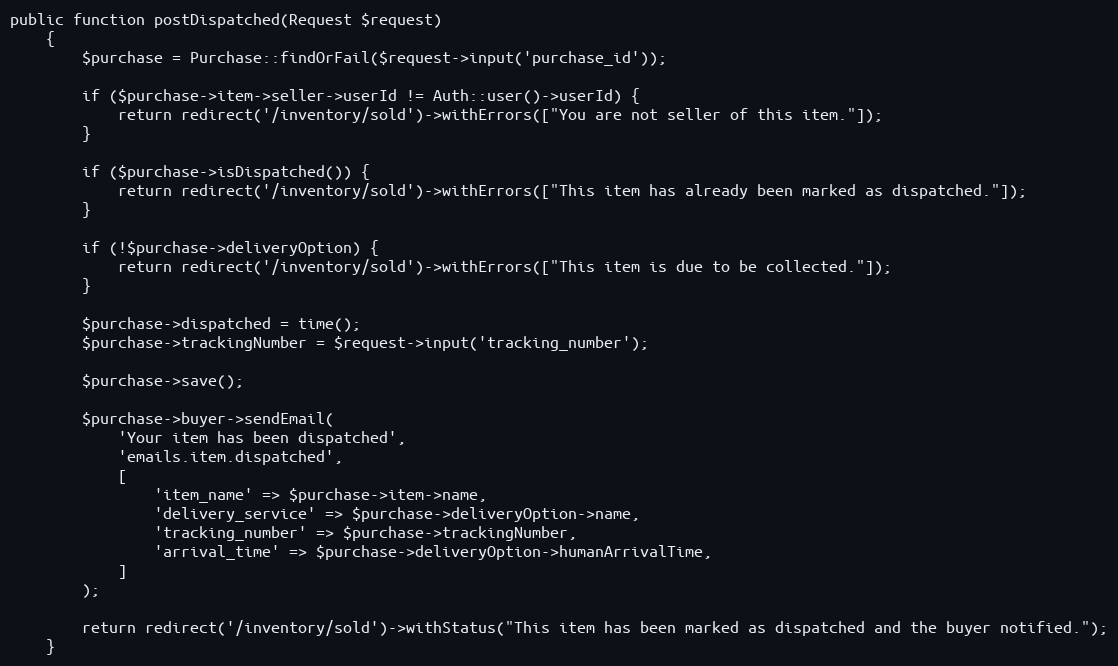
Language: PHP
public function postDispatched(Request $request)
    {
        $purchase = Purchase::findOrFail($request->input('purchase_id'));

        if ($purchase->item->seller->userId != Auth::user()->userId) {
            return redirect('/inventory/sold')->withErrors(["You are not seller of this item."]);
        }

        if ($purchase->isDispatched()) {
            return redirect('/inventory/sold')->withErrors(["This item has already been marked as dispatched."]);
        }

        if (!$purchase->deliveryOption) {
            return redirect('/inventory/sold')->withErrors(["This item is due to be collected."]);
        }

        $purchase->dispatched = time();
        $purchase->trackingNumber = $request->input('tracking_number');

        $purchase->save();

        $purchase->buyer->sendEmail(
            'Your item has been dispatched',
            'emails.item.dispatched',
            [
                'item_name' => $purchase->item->name,
                'delivery_service' => $purchase->deliveryOption->name,
                'tracking_number' => $purchase->trackingNumber,
                'arrival_time' => $purchase->deliveryOption->humanArrivalTime,
            ]
        );

        return redirect('/inventory/sold')->withStatus("This item has been marked as dispatched and the buyer notified.");
    }